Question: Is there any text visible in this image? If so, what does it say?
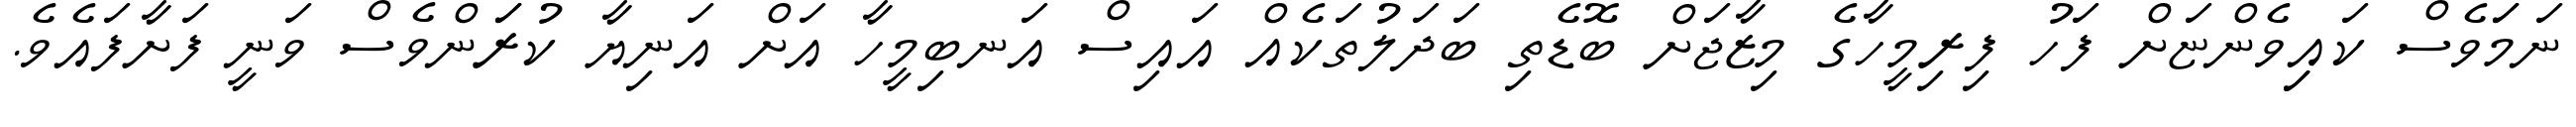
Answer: ނަމަަވެސް ކައިިވެންޏަށް ފަހު ފިރިމީހާގެ މިޒާޖަށް ބޮޑެތި ބަދަލުތަކެއް އައިސް އަނބިމީހާ އަށް އަނިޔާ ކުރަަންވެސް ވަނީ ފަށާފައެވެ.